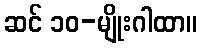
ဆင် ၁၀-မျိုးဂါထာ။